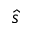
\hat { s }